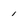
Character: i